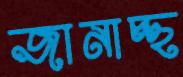
জানাচ্ছ